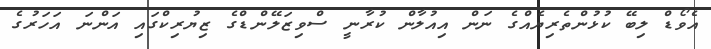
އެވޯޑް ލިބޭ ކުޅުންތެރިޔެއްގެ ނަން އިއުލާން ކުރާނީ ސްވިޒަލޭންޑްގެ ޒިޔުރިކްގައި އަންނަ އަހަރުގެ